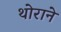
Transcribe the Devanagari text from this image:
थोराने